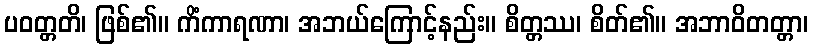
ပဝတ္တတိ၊ ဖြစ်၏။ ကိံကာရဏာ၊ အဘယ်ကြောင့်နည်း။ စိတ္တဿ၊ စိတ်၏။ အဘာဝိတတ္တာ၊